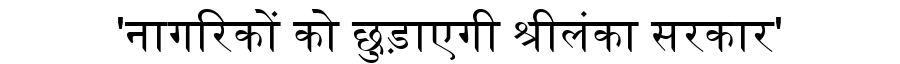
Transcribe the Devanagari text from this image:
'नागरिकों को छुड़ाएगी श्रीलंका सरकार'